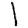
Digit: 1